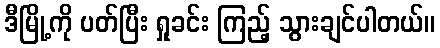
ဒီမြို့ကို ပတ်ပြီး ရှုခင်း ကြည့် သွားချင်ပါတယ်။